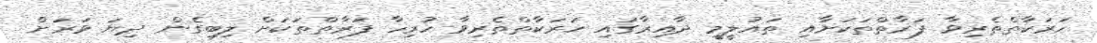
ހަރަކާތްތެރިވާ ފަރާތްތަކަށާއި ތައުލީމީ ދާއިރާގައި ހަރަކާތްތެރިވާ ހުރިހާ ފަރާތްތަކަށް ލިބިގެން ދިޔަ ވަރަށް